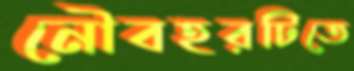
নৌবহরটিতে